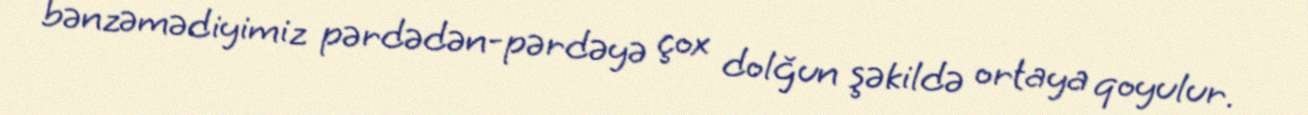
bənzəmədiyimiz pərdədən-pərdəyə çox dolğun şəkildə ortaya qoyulur.